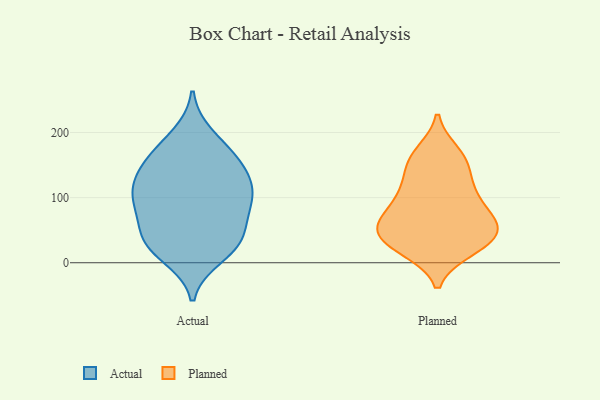
{"axis": {"x": "Population (Million)", "y": "Value"}, "legend": ["Actual", "Planned"], "data": [{"x": "", "y": 91, "type": "Actual"}, {"x": "", "y": 161, "type": "Actual"}, {"x": "", "y": 195, "type": "Actual"}, {"x": "", "y": 112, "type": "Actual"}, {"x": "", "y": 34, "type": "Actual"}, {"x": "", "y": 63, "type": "Actual"}, {"x": "", "y": 86, "type": "Actual"}, {"x": "", "y": 95, "type": "Actual"}, {"x": "", "y": 37, "type": "Actual"}, {"x": "", "y": 172, "type": "Actual"}, {"x": "", "y": 108, "type": "Actual"}, {"x": "", "y": 138, "type": "Actual"}, {"x": "", "y": 10, "type": "Actual"}, {"x": "", "y": 25, "type": "Actual"}, {"x": "", "y": 32, "type": "Actual"}, {"x": "", "y": 151, "type": "Actual"}, {"x": "", "y": 126, "type": "Actual"}, {"x": "", "y": 157, "type": "Planned"}, {"x": "", "y": 79, "type": "Planned"}, {"x": "", "y": 53, "type": "Planned"}, {"x": "", "y": 68, "type": "Planned"}, {"x": "", "y": 47, "type": "Planned"}, {"x": "", "y": 31, "type": "Planned"}, {"x": "", "y": 85, "type": "Planned"}, {"x": "", "y": 118, "type": "Planned"}, {"x": "", "y": 50, "type": "Planned"}, {"x": "", "y": 27, "type": "Planned"}, {"x": "", "y": 21, "type": "Planned"}, {"x": "", "y": 110, "type": "Planned"}, {"x": "", "y": 60, "type": "Planned"}, {"x": "", "y": 48, "type": "Planned"}, {"x": "", "y": 106, "type": "Planned"}, {"x": "", "y": 143, "type": "Planned"}, {"x": "", "y": 20, "type": "Planned"}, {"x": "", "y": 169, "type": "Planned"}, {"x": "", "y": 163, "type": "Planned"}]}